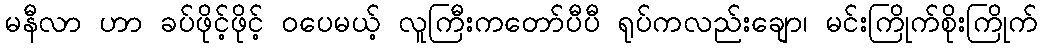
မနီလာ ဟာ ခပ်ဖိုင့်ဖိုင့် ဝပေမယ့် လူကြီးကတော်ပီပီ ရုပ်ကလည်းချော၊ မင်းကြိုက်စိုးကြိုက်